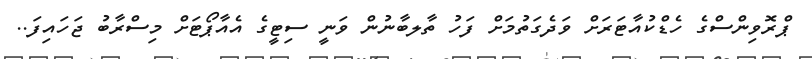
ޕްރޮވިންސްގެ ހެޑްކުއާޓަރަށް ވަދެގަތުމަށް ފަހު ތާލބާނުން ވަނީ ސިޓީގެ އެއާޕޯޓަށް މިސްރާބު ޖަހައިފަ..